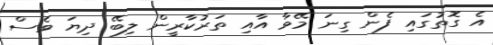
އެ ގޮތުގައި ފެން ގިނަ މޭވާ އާއި ތަރުކާރީން ލިބޭ ދިޔަ ވެސް